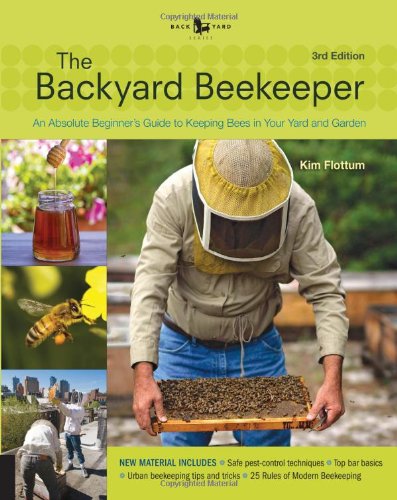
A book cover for Backyard Beekeeper - Revised and Updated, 3rd Edition: An Absolute Beginner's Guide to Keeping Bees in Your Yard and Garden - New material includes: - ... urban beekeeping - How to use top bar hives; Kim Flottum; Science & Math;